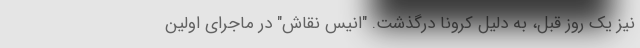
نیز یک روز قبل، به دلیل کرونا درگذشت. "انیس نقاش" در ماجرای اولین